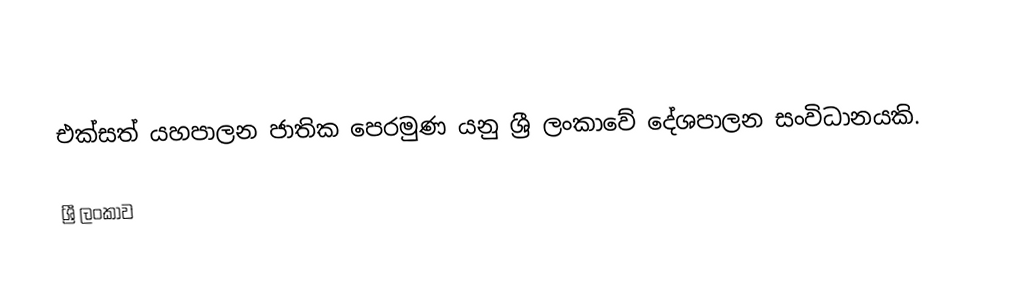
එක්සත් යහපාලන ජාතික පෙරමුණ යනු ශ්‍රී ලංකාවේ දේශපාලන සංවිධානයකි.

ශ්‍රී ලංකාව